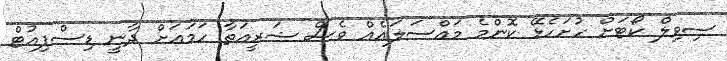
ސިވިލް ކޯޓަށް ހުށަހެޅޭ ކޮންމެ މައްސަލައެއް ވެސް ޝަރީއަތާ ހަމައަށް ދާނީ ޑިސްޕިއުޓް